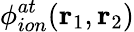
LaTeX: \phi_{ion}^{at}(\textbf{r}_{1},\textbf{r}_{2})